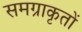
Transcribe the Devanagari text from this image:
समग्राकृतों